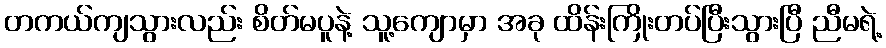
တကယ်ကျသွားလည်း စိတ်မပူနဲ့ သူ့ကျောမှာ အခု ထိန်းကြိုးတပ်ပြီးသွားပြီ ညီမရဲ့